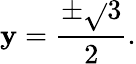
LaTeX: \mathbf{y}={\frac{{\pm{\sqrt{}{{3}}}}}{{2}}}.